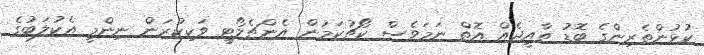
ކުޅުންތެރިންގެ ބޮޑު ތާއީދެއް އޮތް ނަމަވެސް ކޯޗުކަމުން އެންޗެލޯޓީ ވަކިކުރަން ނިންމީ އެކުލަބުގެ